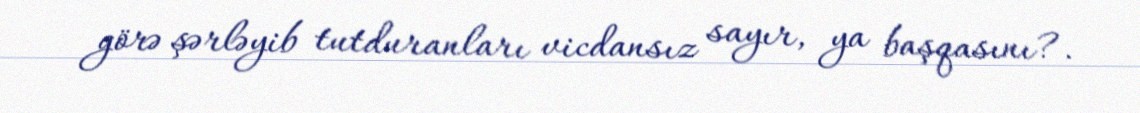
görə şərləyib tutduranları vicdansız sayır, ya başqasını?.